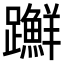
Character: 𨇤